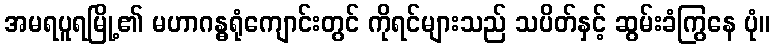
အမရပူရမြို့၏ မဟာဂန္ဓရုံကျောင်းတွင် ကိုရင်များသည် သပိတ်နှင့် ဆွမ်းခံကြွနေ ပုံ။